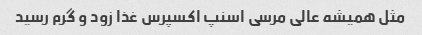
مثل همیشه عالی مرسی اسنپ اکسپرس غذا زود و گرم رسید